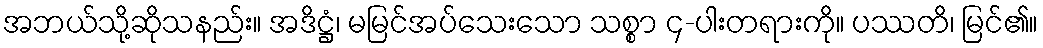
အဘယ်သို့ဆိုသနည်း။ အဒိဋ္ဌံ၊ မမြင်အပ်သေးသော သစ္စာ ၄-ပါးတရားကို။ ပဿတိ၊ မြင်၏။